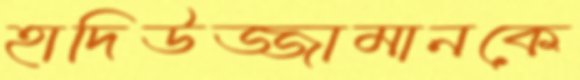
হাদিউজ্জামানকে